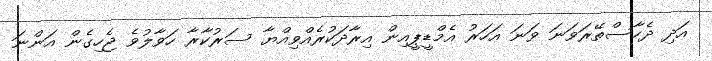
އަދި ދެހާސްތޭރަވަނަ ވަނަ އަހަރު އެމްޑީޕީއިން އިރާދަކުރެއްވިއްޔާ ސަރުކާރާ ހަވާލުވެ ޖެހިގެން އަންނަ